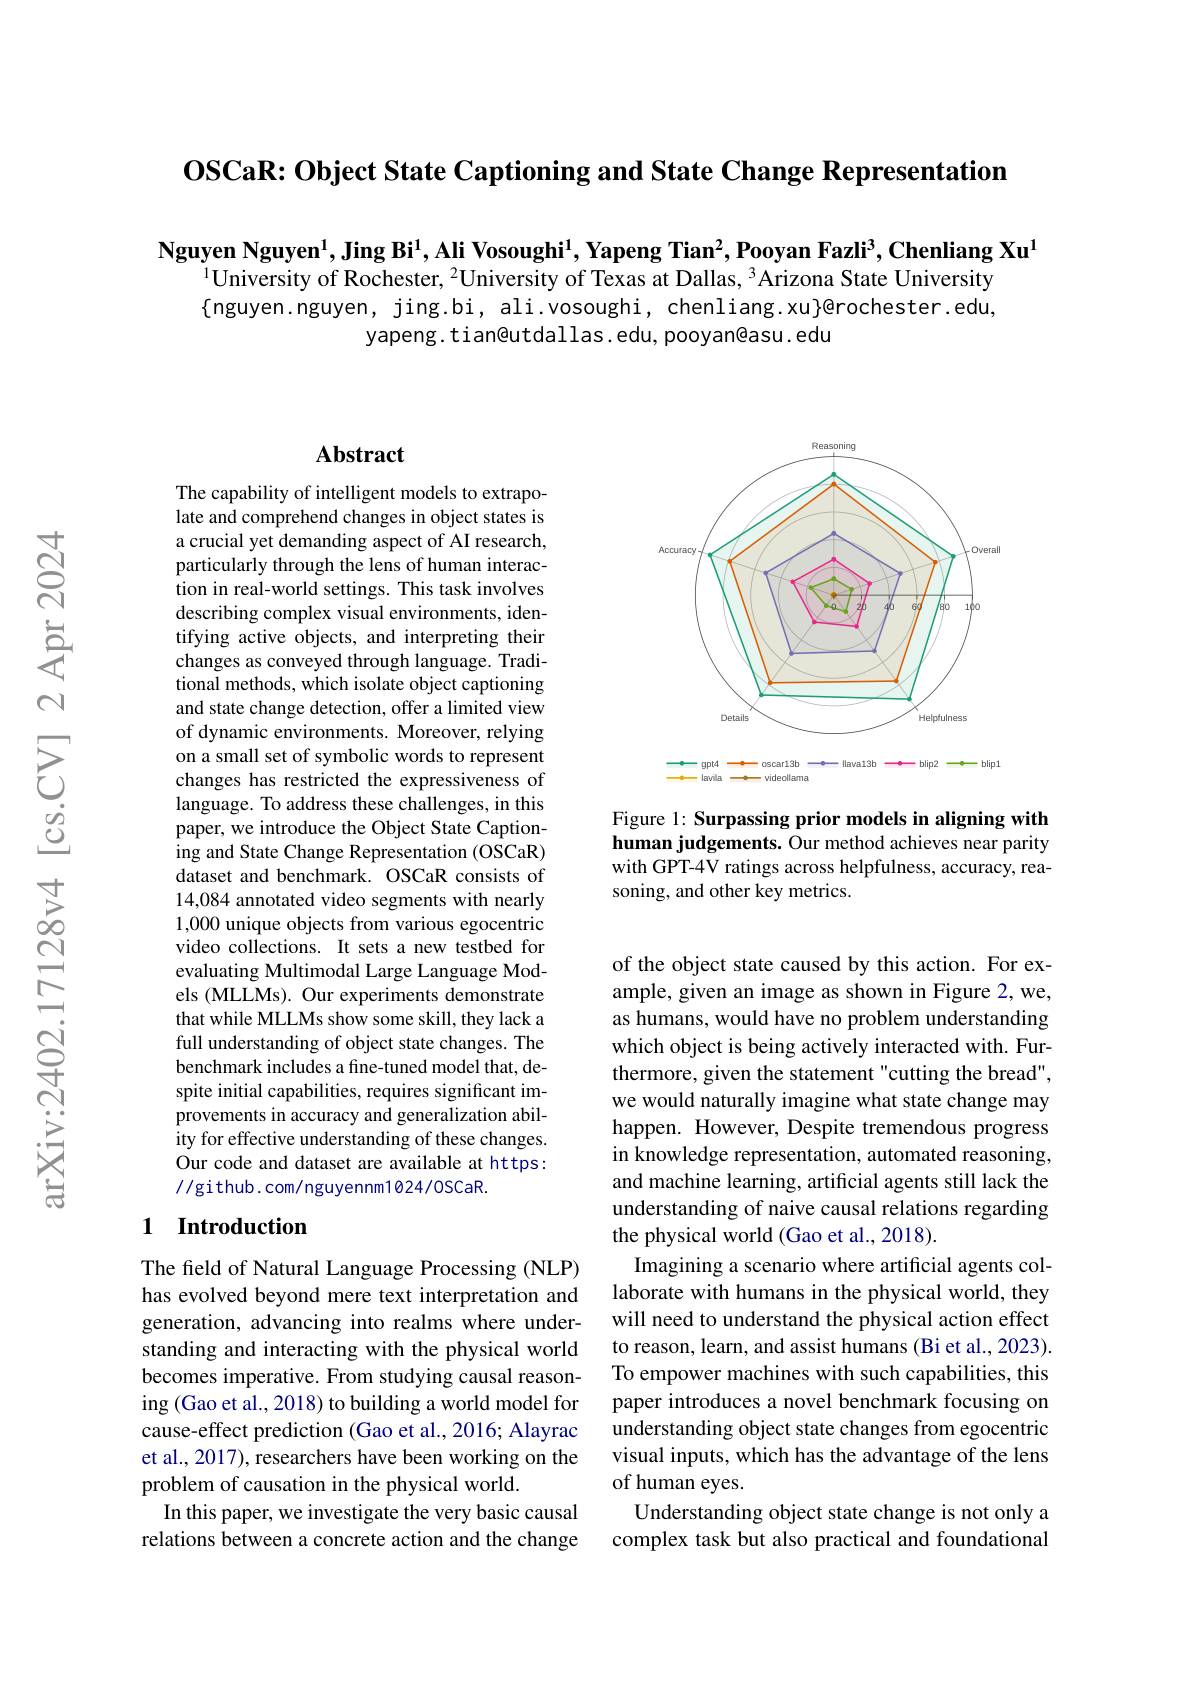
$\textbf{OSCaR: Object State Captioning and State Change Representation}$

$\textbf{Nguyen Nguyen}^1,\textbf{Jing Bi}^1$,Ali Vosoughi$^1,\textbf{Yapeng Tian}^2,\textbf{Pooyan Fazli}^3,\textbf{Chenliang Xu}^1$
$^{1}$University of Rochester, $^{2}$University of Texas at Dallas, $^{3}$Arizona State University $\{$nguyen.nguyen, jing.bi, ali.vosoughi, chenliang.xu}@rochester.edu,
yapeng. tian@utdallas. edu, pooyan@asu. edu

## Abstract

The capability of intelligent models to extrapolate and comprehend changes in object states is a crucial yet demanding aspect of AI research, particularly through the lens of human interaction in real-world settings. This task involves describing complex visual environments, identifying active objects, and interpreting their changes as conveyed through language. Traditional methods, which isolate object captioning and state change detection, offer a limited view of dynamic environments. Moreover, relying on a small set of symbolic words to represent changes has restricted the expressiveness of language. To address these challenges, in this paper, we introduce the Object State Captioning and State Change Representation (OSCaR) dataset and benchmark. OSCaR consists of 14,084 annotated video segments with nearly 1,000 unique objects from various egocentric video collections. It sets a new testbed for evaluating Multimodal Large Language Models (MLLMs). Our experiments demonstrate that while MLLMs show some skill, they lack a full understanding of object state changes. The benchmark includes a fine-tuned model that, despite initial capabilities, requires significant improvements in accuracy and generalization ability for effective understanding of these changes. Our code and dataset are available at https: //github. com/nguyennm1024/0SCaR.

### 1 Introduction

The field of Natural Language Processing (NLP) has evolved beyond mere text interpretation and generation, advancing into realms where understanding and interacting with the physical world becomes imperative. From studying causal reasoning (Gao et al., 2018) to building a world model for cause-effect prediction (Gao et al., 2016; Alayrac et al., 2017), researchers have been working on the problem of causation in the physical world.
In this paper, we investigate the very basic causal relations between a concrete action and the change

<FigureHere>

Figure 1: Surpassing prior models in aligning with human judgements. Our method achieves near parity with GPT-4V ratings across helpfulness, accuracy, reasoning, and other key metrics.

of the object state caused by this action. For example, given an image as shown in Figure 2, we, as humans, would have no problem understanding which object is being actively interacted with. Furthermore, given the statement "cutting the bread", we would naturally imagine what state change may happen. However, Despite tremendous progress in knowledge representation, automated reasoning, and machine learning, artificial agents still lack the understanding of naive causal relations regarding the physical world (Gao et al., 2018).
Imagining a scenario where artificial agents collaborate with humans in the physical world, they will need to understand the physical action effect to reason, learn, and assist humans (Bi et al., 2023). To empower machines with such capabilities, this paper introduces a novel benchmark focusing on understanding object state changes from egocentric visual inputs, which has the advantage of the lens of human eyes.
Understanding object state change is not only a complex task but also practical and foundational